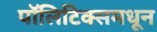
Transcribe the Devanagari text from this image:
पॉलिटिक्समधून